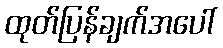
ထုတ်ပြန်ချက်အပေါ်